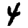
Digit: 4